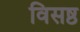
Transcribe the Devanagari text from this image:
विसष्ठ